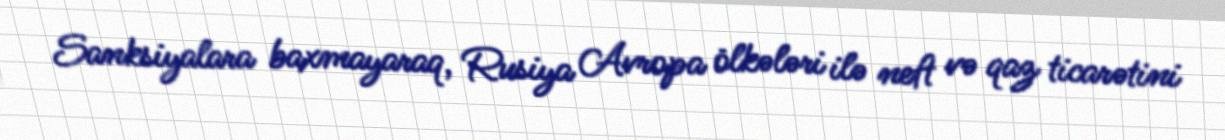
Sanksiyalara baxmayaraq, Rusiya Avropa ölkələri ilə neft və qaz ticarətini